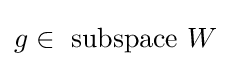
g\in {\text{ subspace }}W